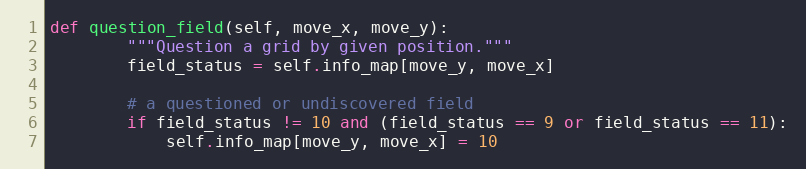
Language: Python
def question_field(self, move_x, move_y):
        """Question a grid by given position."""
        field_status = self.info_map[move_y, move_x]

        # a questioned or undiscovered field
        if field_status != 10 and (field_status == 9 or field_status == 11):
            self.info_map[move_y, move_x] = 10